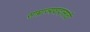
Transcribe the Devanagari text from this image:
साम्राज्यवादासाठी